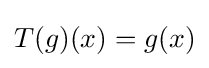
T(g)(x)=g(x)